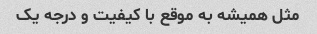
مثل همیشه به موقع با کیفیت و درجه یک